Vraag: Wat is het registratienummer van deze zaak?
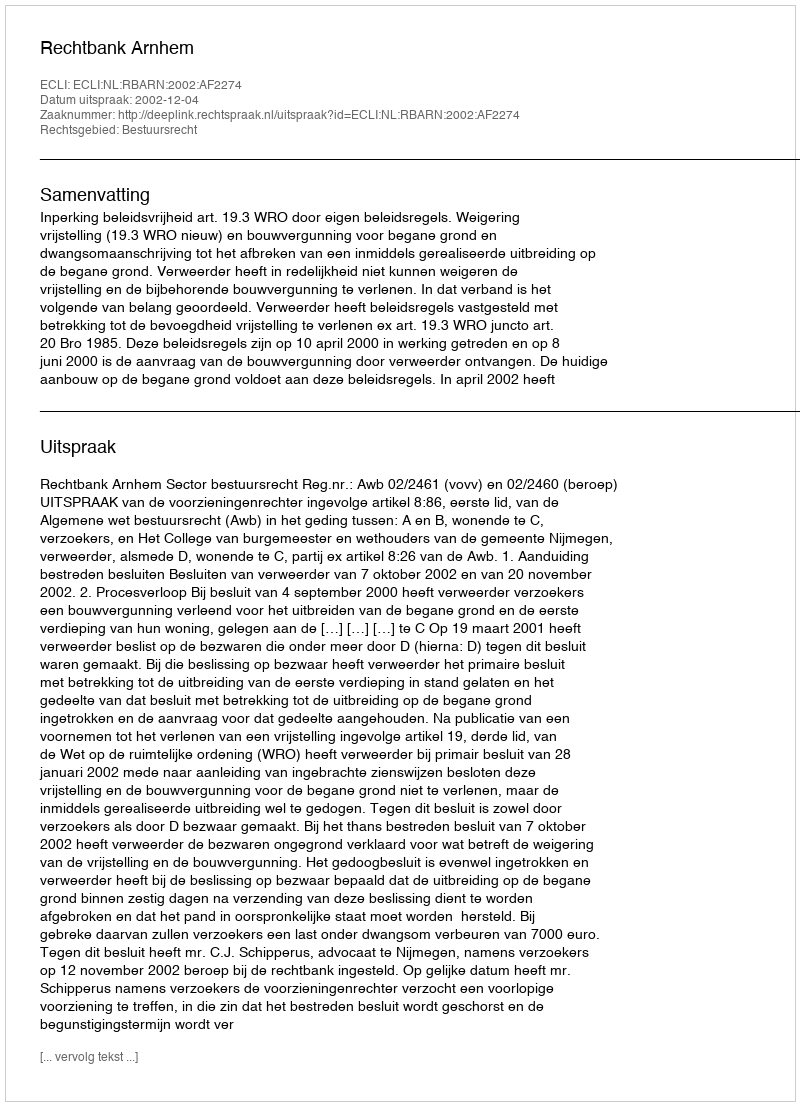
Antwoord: http://deeplink.rechtspraak.nl/uitspraak?id=ECLI:NL:RBARN:2002:AF2274